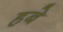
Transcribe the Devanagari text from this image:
हबे